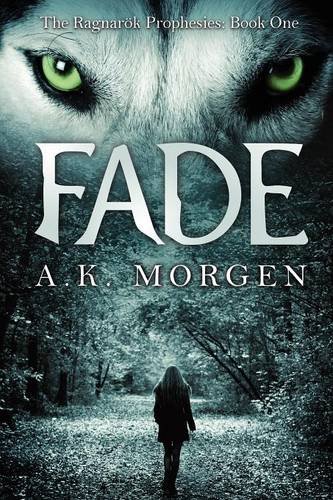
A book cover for Fade (The Ragnarok Prophesies, Book One); A.K. Morgen; Children's Books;